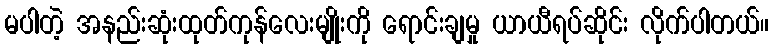
မပါတဲ့ အနည်းဆုံးထုတ်ကုန်လေးမျိုးကို ရောင်းချမှု ယာယီရပ်ဆိုင်း လိုက်ပါတယ်။